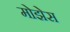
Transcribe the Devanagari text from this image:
मोझेेस